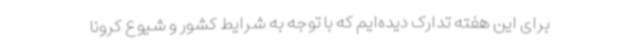
برای این هفته تدارک دیده‌ایم که با توجه به شرایط کشور و شیوع کرونا